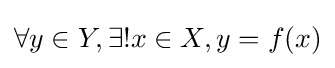
\forall y\in Y,\exists !x\in X,y=f(x)